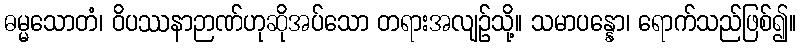
ဓမ္မသောတံ၊ ဝိပဿနာဉာဏ်ဟုဆိုအပ်သော တရားအလျဉ်သို့။ သမာပန္နော၊ ရောက်သည်ဖြစ်၍။